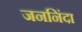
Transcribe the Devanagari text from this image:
जननिंदा